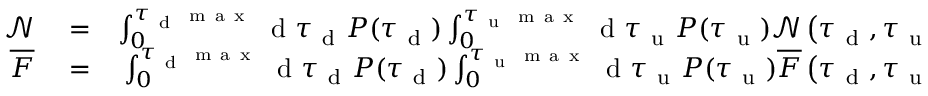
\begin{array} { r l r } { \mathcal { N } } & { { } = } & { \int _ { 0 } ^ { \tau _ { \mathrm { ~ d ~ } ^ { \mathrm { ~ m ~ a ~ x ~ } } } } \mathrm { ~ d ~ } \tau _ { \mathrm { ~ d ~ } } P ( \tau _ { \mathrm { ~ d ~ } } ) \int _ { 0 } ^ { \tau _ { \mathrm { ~ u ~ } ^ { \mathrm { ~ m ~ a ~ x ~ } } } } \mathrm { ~ d ~ } \tau _ { \mathrm { ~ u ~ } } P ( \tau _ { \mathrm { ~ u ~ } } ) \mathcal { N } \left( \tau _ { \mathrm { ~ d ~ } } , \tau _ { \mathrm { ~ u ~ } } \right) , } \\ { \overline { { F } } } & { { } = } & { \int _ { 0 } ^ { \tau _ { \mathrm { ~ d ~ } ^ { \mathrm { ~ m ~ a ~ x ~ } } } } \mathrm { ~ d ~ } \tau _ { \mathrm { ~ d ~ } } P ( \tau _ { \mathrm { ~ d ~ } } ) \int _ { 0 } ^ { \tau _ { \mathrm { ~ u ~ } ^ { \mathrm { ~ m ~ a ~ x ~ } } } } \mathrm { ~ d ~ } \tau _ { \mathrm { ~ u ~ } } P ( \tau _ { \mathrm { ~ u ~ } } ) \overline { { F } } \left( \tau _ { \mathrm { ~ d ~ } } , \tau _ { \mathrm { ~ u ~ } } \right) . } \end{array}